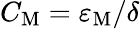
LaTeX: C_{\mathrm{M}}=\varepsilon_{\mathrm{M}}/\delta